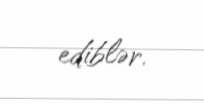
ediblər.